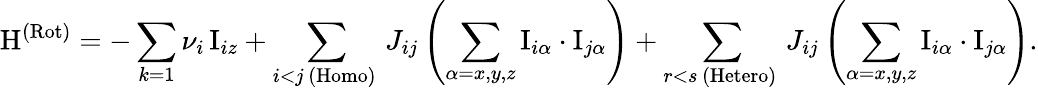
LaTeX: \mathrm{H}^{\mathrm{(Rot)}}=-\sum_{k=1}\nu_{i}\, \mathrm{I}_{iz}+\sum_{\substack{i<j\, \mathrm{(Homo)~}}}J_{ij}\left(\sum_{\alpha=x,y,z}\mathrm{I}_{i\alpha}\cdot\mathrm{I}_{j\alpha}\right)+\sum_{\substack{r<s\, \mathrm{(Hetero)~}}}J_{ij}\left(\sum_{\alpha=x,y,z}\mathrm{I}_{i\alpha}\cdot\mathrm{I}_{j\alpha}\right).